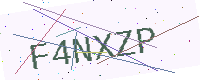
Text: F4NXZP